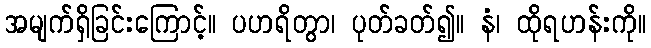
အမျက်ရှိခြင်းကြောင့်။ ပဟရိတွာ၊ ပုတ်ခတ်၍။ နံ၊ ထိုရဟန်းကို။